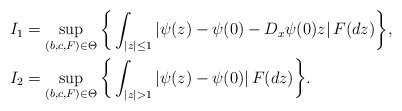
\begin{align*} I_1 & = \sup_{(b,c,F) \in \Theta} \bigg\{\int_{|z|\leq 1} |\psi(z)-\psi(0)-D_x \psi(0) z| \, F(dz)\bigg\}, \\ I_2 & = \sup_{(b,c, F) \in \Theta} \bigg\{\int_{|z|>1} |\psi(z)-\psi(0)| \, F(dz)\bigg\}. \end{align*}